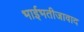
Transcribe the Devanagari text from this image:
भाईभतीजावाद